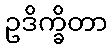
ဥဒိက္ခိတာ